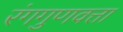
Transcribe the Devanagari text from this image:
रंगगुणवत्ता